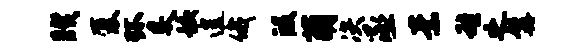
睽厦环炙蛟遑俄段萌决丞素雄之髯